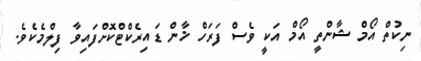
ނިކުތް އޯމް ޝާންތީ އޯމް އަކީ ވެސް ފަރަހް ޚާން ޑައިރެކްޓްކޮށްފައިވާ ފިލްމެކެވެ.